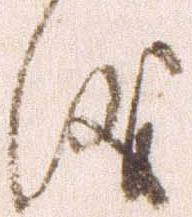
儀